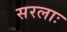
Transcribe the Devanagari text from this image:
सरलाः